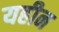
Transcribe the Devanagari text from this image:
यहीन